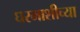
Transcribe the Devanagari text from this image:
घरमाशीच्या